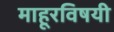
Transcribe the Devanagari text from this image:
माहूरविषयी